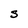
Character: S